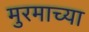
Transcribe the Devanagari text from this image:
मुरमाच्या